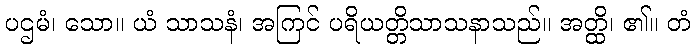
ပဌမံ၊ သော။ ယံ သာသနံ၊ အကြင် ပရိယတ္တိသာသနာသည်။ အတ္ထိ၊ ၏။ တံ